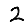
Digit: 2